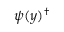
\psi ( y ) ^ { \dagger }